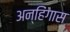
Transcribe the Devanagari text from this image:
अन्हिंगास